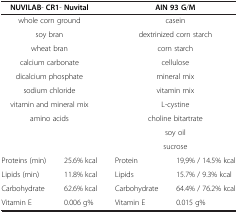
|  | <COLSPAN=2> NUVILAB- CR1- Nuvital | <COLSPAN=2> AIN 93 G/M |
 | --- | --- | --- | --- | --- |
 | <COLSPAN=2> whole corn ground | <COLSPAN=2> casein |
 | <COLSPAN=2> soy bran | <COLSPAN=2> dextrinized corn starch |
 | <COLSPAN=2> wheat bran | <COLSPAN=2> corn starch |
 | <COLSPAN=2> calcium carbonate | <COLSPAN=2> cellulose |
 | <COLSPAN=2> dicalcium phosphate | <COLSPAN=2> mineral mix |
 | <COLSPAN=2> sodium chloride | <COLSPAN=2> vitamin mix |
 | <COLSPAN=2> vitamin and mineral mix | <COLSPAN=2> L-cystine |
 | <COLSPAN=2> amino acids | <COLSPAN=2> choline bitartrate |
 | <COLSPAN=2>  | <COLSPAN=2> soy oil |
 | <COLSPAN=2>  | <COLSPAN=2> sucrose |
 | Proteins (min) | 25.6% kcal | Protein | 19,9% / 14.5% kcal |
 | Lipids (min) | 11.8% kcal | Lipids | 15.7% / 9.3% kcal |
 | Carbohydrate | 62.6% kcal | Carbohydrate | 64.4% / 76.2% kcal |
 | Vitamin E | 0.006 g% | Vitamin E | 0.015 g% |